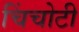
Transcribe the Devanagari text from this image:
चिंचोटी